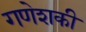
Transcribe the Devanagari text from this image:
गणेशकी